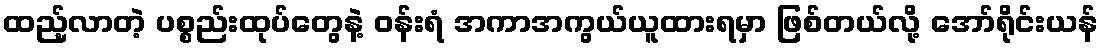
ထည့်လာတဲ့ ပစ္စည်းထုပ်တွေနဲ့ ဝန်းရံ အကာအကွယ်ယူထားရမှာ ဖြစ်တယ်လို့ အော်ရိုင်းယန်